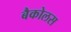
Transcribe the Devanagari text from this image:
बैकोलस